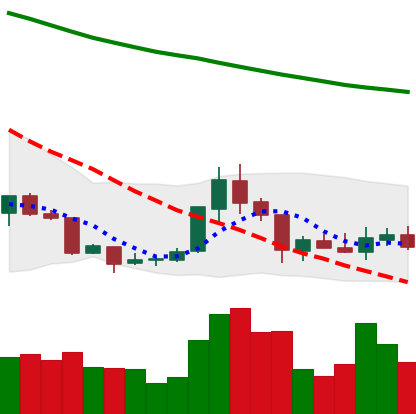
Ticker: XRP-USD
Chart end date: 2018-07-26
Forward return: -3.266%
Label: down_3_5